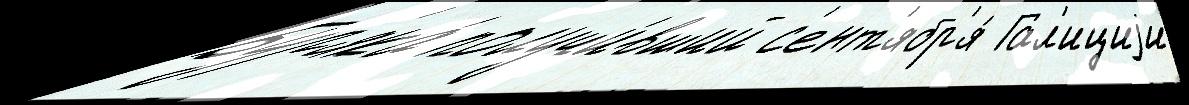
Бур'яка́ получи́вший с'ент'ябр'я́ Гал'ициjи